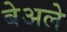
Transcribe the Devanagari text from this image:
बेअले